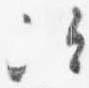
次